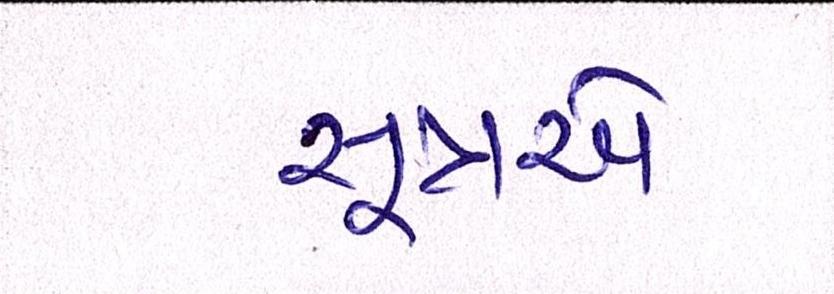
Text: સૂત્રએ